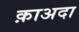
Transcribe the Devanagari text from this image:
क़ाअदा